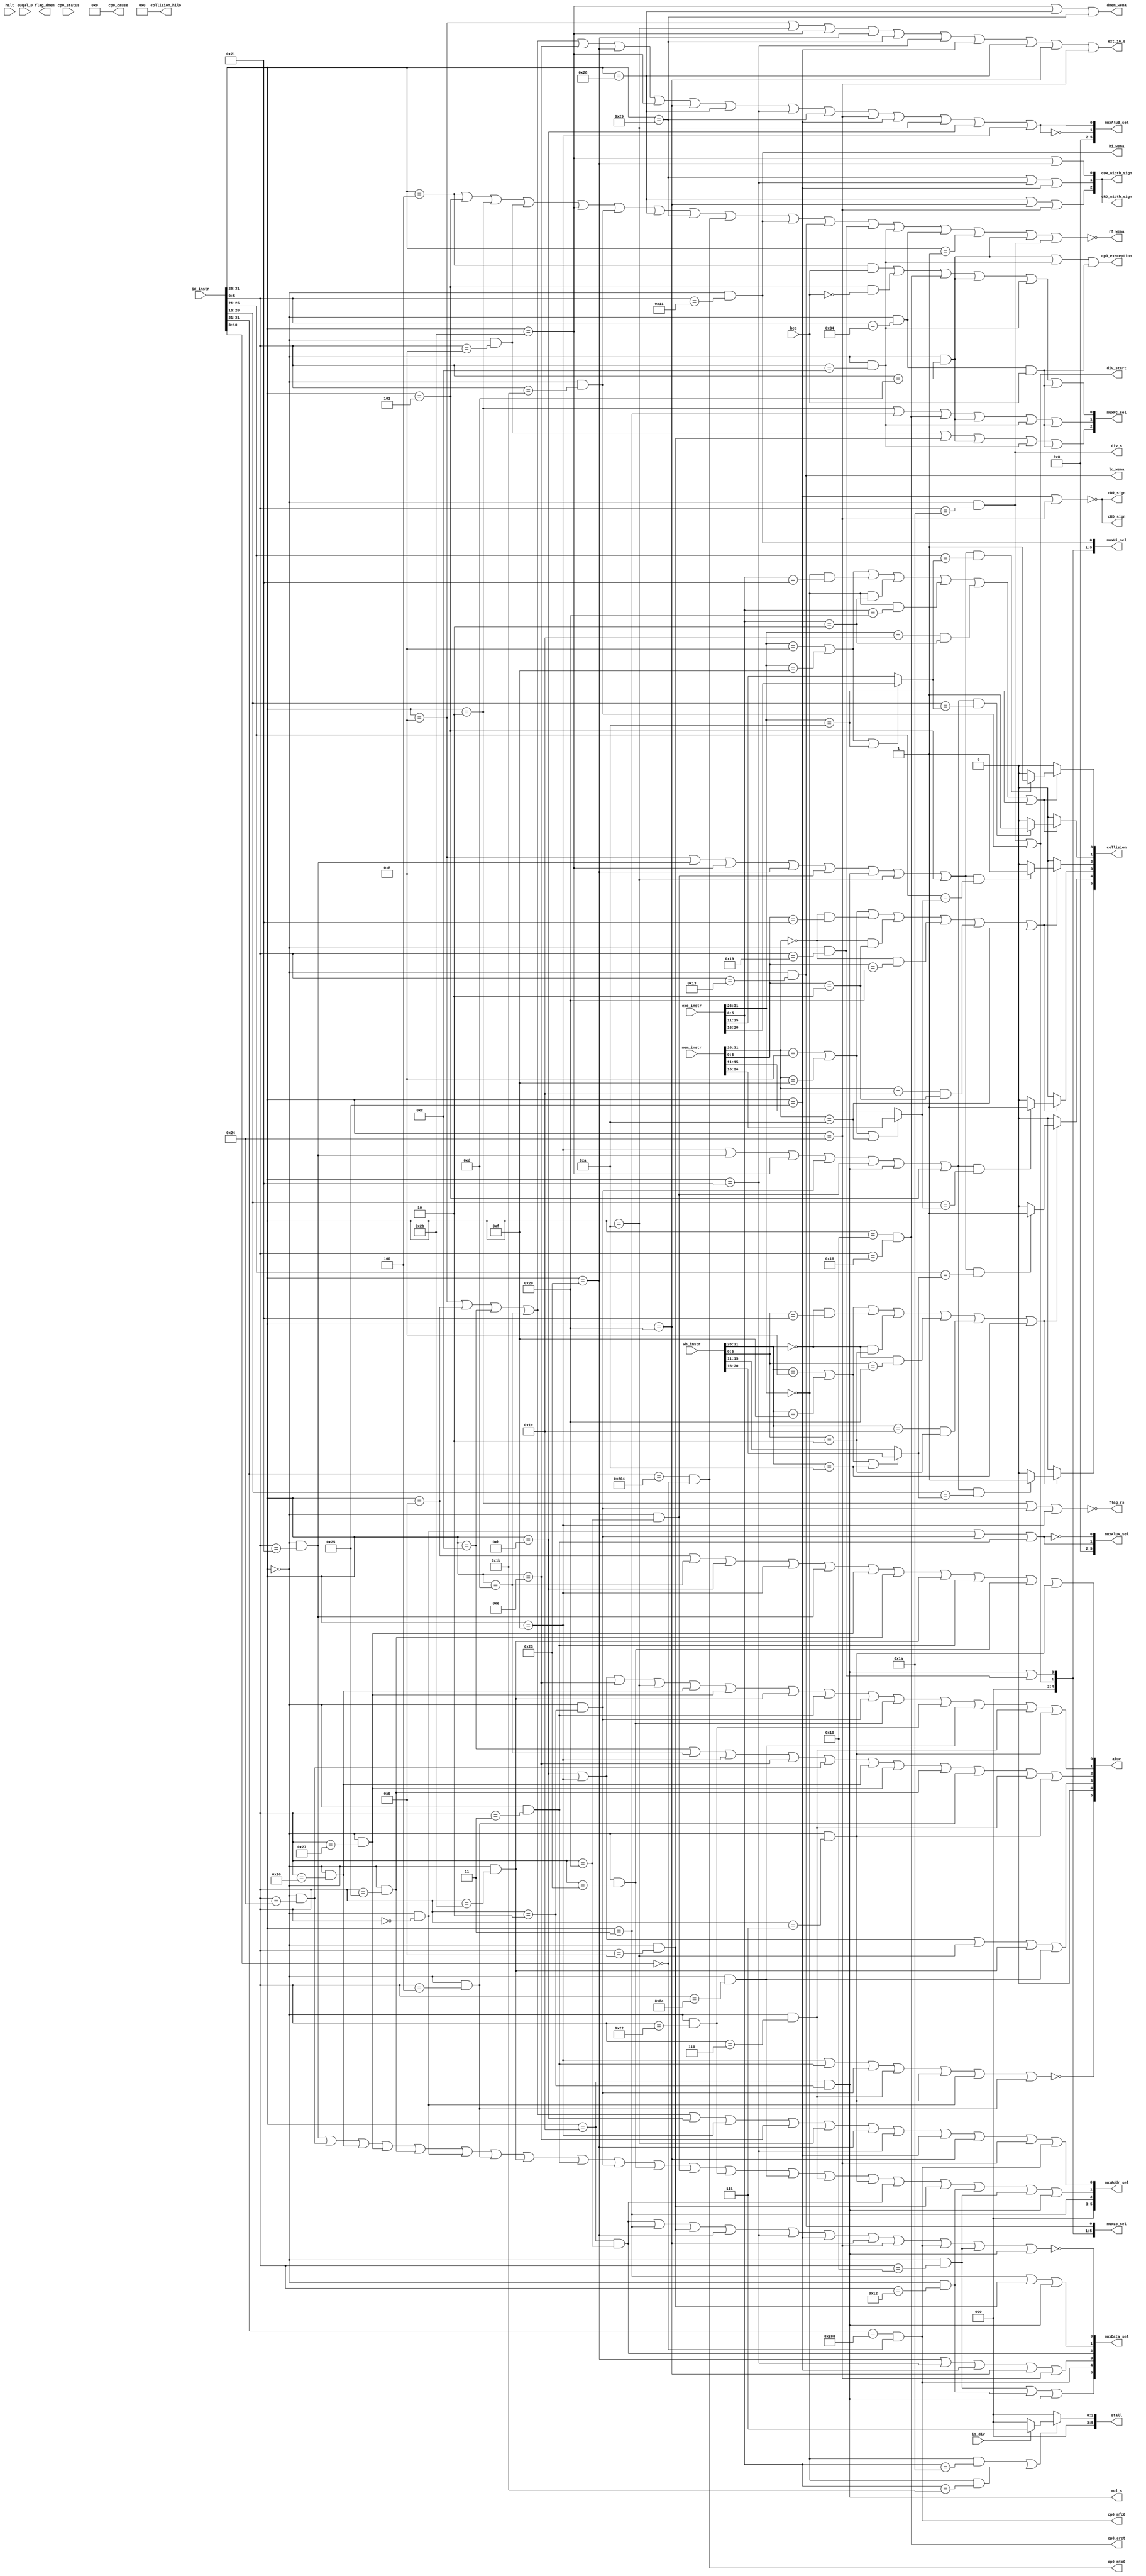
`timescale 1ns / 1ps

module Control(
    input [31:0] id_instr,
    input [31:0] exe_instr,
    input [31:0] mem_instr,
    input [31:0] wb_instr,
    input [31:0] cp0_status,
    input halt,
    input beq,
    input euqal_0,
    input is_div,
    output reg hi_wena,
    output reg lo_wena,
    output reg cp0_mtc0,
    output reg cp0_mfc0,
    output reg cp0_exeception,
    output reg cp0_eret,
    output reg [31:0] cp0_cause,
    output reg rf_wena,
    output reg ext_16_s,
    output reg div_start,
    output reg div_s,
    output reg mul_s,
    output reg [5:0] aluc,
    output reg [2:0] cRD_width_sign,
    output reg cRD_sign,
    output reg [2:0] cDR_width_sign,
    output reg cDR_sign,
    output reg dmem_wena,
    output reg [2:0] muxPc_sel,
    output reg [5:0] muxHi_sel,
    output reg [5:0] muxLo_sel,
    output reg [5:0] muxAluA_sel,
    output reg [5:0] muxAluB_sel,
    output reg [5:0] muxData_sel,
    output reg [5:0] muxAddr_sel,
    output reg [5:0] stall,
    output reg [5:0] collision,
    output reg flag_rs,
    output reg flag_dmem,
    output reg [8:0] collision_hilo
    );

    // ID
    wire [5:0] id_op = id_instr[31:26];
    wire [5:0] id_func = id_instr[5:0];
    wire [4:0] id_rs = id_instr[25:21];
    wire [4:0] id_rt = id_instr[20:16]; 
    //-------------------------------31
    wire id_Addi = (id_op == 6'b001000);
    wire id_Addiu = (id_op == 6'b001001);
    wire id_Andi = (id_op == 6'b001100);
    wire id_Ori = (id_op == 6'b001101);
    wire id_Sltiu = (id_op == 6'b001011);
    wire id_Lui = (id_op == 6'b001111);
    wire id_Xori = (id_op == 6'b001110);
    wire id_Slti = (id_op == 6'b001010);
    wire id_Addu = (id_op == 6'b000000 && id_func==6'b100001);
    wire id_And = (id_op == 6'b000000 && id_func == 6'b100100);
    wire id_Beq = (id_op == 6'b000100);
    wire id_Bne = (id_op == 6'b000101);
    wire id_J = (id_op == 6'b000010);
    wire id_Jal = (id_op == 6'b000011);
    wire id_Jr = (id_op == 6'b000000 && id_func == 6'b001000);
    wire id_Lw = (id_op == 6'b100011);
    wire id_Xor = (id_op == 6'b000000 && id_func == 6'b100110);
    wire id_Nor = (id_op == 6'b000000 && id_func == 6'b100111);
    wire id_Or = (id_op == 6'b000000 && id_func == 6'b100101);
    wire id_Sll = (id_op == 6'b000000 && id_func == 6'b000000);
    wire id_Sllv = (id_op == 6'b000000 && id_func == 6'b000100);
    wire id_Sltu = (id_op == 6'b000000 && id_func == 6'b101011);
    wire id_Sra = (id_op == 6'b000000 && id_func == 6'b000011);
    wire id_Srl = (id_op == 6'b000000 && id_func == 6'b000010);
    wire id_Subu = (id_op == 6'b000000 && id_func == 6'b100011);
    wire id_Sw = (id_op == 6'b101011);
    wire id_Add = (id_op == 6'b000000 && id_func == 6'b100000);
    wire id_Sub = (id_op == 6'b000000 && id_func == 6'b100010);
    wire id_Slt = (id_op == 6'b000000 && id_func == 6'b101010);
    wire id_Srlv = (id_op == 6'b000000 && id_func == 6'b000110);
    wire id_Srav = (id_op == 6'b000000 && id_func == 6'b000111);
    //-------------------------------23plus
    wire id_Clz = (id_op == 6'b011100 && id_func == 6'b100000);
    wire id_Divu = (id_op == 6'b000000 && id_func == 6'b011011);
    wire id_Eret = (id_op == 6'b010000 && id_func == 6'b011000);
    wire id_Jalr = (id_op == 6'b000000 && id_func == 6'b001001);
    wire id_Lb = (id_op == 6'b100000);
    wire id_Lbu = (id_op == 6'b100100);
    wire id_Lhu = (id_op == 6'b100101);
    wire id_Sb = (id_op == 6'b101000);
    wire id_Sh = (id_op == 6'b101001);
    wire id_Lh = (id_op == 6'b100001);
    wire id_Mfc0 = (id_instr[31:21] == 11'b01000000000 && id_instr[10:3]==8'b00000000);
    wire id_Mfhi = (id_op == 6'b000000 && id_func == 6'b010000);
    wire id_Mflo = (id_op == 6'b000000 && id_func == 6'b010010);
    wire id_Mtc0 = (id_instr[31:21] == 11'b01000000100 && id_instr[10:3]==8'b00000000);
    wire id_Mthi = (id_op == 6'b000000 && id_func == 6'b010001);
    wire id_Mtlo = (id_op == 6'b000000 && id_func == 6'b010011);
    wire id_Mul = (id_op == 6'b011100 && id_func == 6'b000010);
    wire id_Multu = (id_op == 6'b000000 && id_func == 6'b011001);
    wire id_Syscall = (id_op == 6'b000000 && id_func== 6'b001100);
    wire id_Teq = (id_op == 6'b000000 && id_func == 6'b110100);
    wire id_Bgez = (id_op == 6'b000001);
    wire id_Break = (id_op == 6'b000000 && id_func == 6'b001101);
    wire id_Div = (id_op == 6'b000000 && id_func == 6'b011010);


    // EXE
    wire [5:0] exe_op = exe_instr[31:26];
    wire [5:0] exe_func = exe_instr[5:0];
    wire [4:0] exe_rs = exe_instr[25:21];
    wire [4:0] exe_rt = exe_instr[20:16];
    wire [4:0] exe_rd = exe_instr[15:11]; 
    //-------------------------------31
    wire exe_Addi = (exe_op == 6'b001000);
    wire exe_Addiu = (exe_op == 6'b001001);
    wire exe_Andi = (exe_op == 6'b001100);
    wire exe_Ori = (exe_op == 6'b001101);
    wire exe_Sltiu = (exe_op == 6'b001011);
    wire exe_Lui = (exe_op == 6'b001111);
    wire exe_Xori = (exe_op == 6'b001110);
    wire exe_Slti = (exe_op == 6'b001010);
    wire exe_Addu = (exe_op == 6'b000000 && exe_func==6'b100001);
    wire exe_And = (exe_op == 6'b000000 && exe_func == 6'b100100);
    wire exe_Beq = (exe_op == 6'b000100);
    wire exe_Bne = (exe_op == 6'b000101);
    wire exe_J = (exe_op == 6'b000010);
    wire exe_Jal = (exe_op == 6'b000011);
    wire exe_Jr = (exe_op == 6'b000000 && exe_func == 6'b001000);
    wire exe_Lw = (exe_op == 6'b100011);
    wire exe_Xor = (exe_op == 6'b000000 && exe_func == 6'b100110);
    wire exe_Nor = (exe_op == 6'b000000 && exe_func == 6'b100111);
    wire exe_Or = (exe_op == 6'b000000 && exe_func == 6'b100101);
    wire exe_Sll = (exe_op == 6'b000000 && exe_func == 6'b000000);
    wire exe_Sllv = (exe_op == 6'b000000 && exe_func == 6'b000100);
    wire exe_Sltu = (exe_op == 6'b000000 && exe_func == 6'b101011);
    wire exe_Sra = (exe_op == 6'b000000 && exe_func == 6'b000011);
    wire exe_Srl = (exe_op == 6'b000000 && exe_func == 6'b000010);
    wire exe_Subu = (exe_op == 6'b000000 && exe_func == 6'b100011);
    wire exe_Sw = (exe_op == 6'b101011);
    wire exe_Add = (exe_op == 6'b000000 && exe_func == 6'b100000);
    wire exe_Sub = (exe_op == 6'b000000 && exe_func == 6'b100010);
    wire exe_Slt = (exe_op == 6'b000000 && exe_func == 6'b101010);
    wire exe_Srlv = (exe_op == 6'b000000 && exe_func == 6'b000110);
    wire exe_Srav = (exe_op == 6'b000000 && exe_func == 6'b000111);
    //-------------------------------23plus
    wire exe_Clz = (exe_op == 6'b011100 && exe_func == 6'b100000);
    wire exe_Divu = (exe_op == 6'b000000 && exe_func == 6'b011011);
    wire exe_Eret = (exe_op == 6'b010000 && exe_func == 6'b011000);
    wire exe_Jalr = (exe_op == 6'b000000 && exe_func == 6'b001001);
    wire exe_Lb = (exe_op == 6'b100000);
    wire exe_Lbu = (exe_op == 6'b100100);
    wire exe_Lhu = (exe_op == 6'b100101);
    wire exe_Sb = (exe_op == 6'b101000);
    wire exe_Sh = (exe_op == 6'b101001);
    wire exe_Lh = (exe_op == 6'b100001);
    wire exe_Mfc0 = (exe_instr[31:21] == 11'b01000000000 && exe_instr[10:3]==8'b00000000);
    wire exe_Mfhi = (exe_op == 6'b000000 && exe_func == 6'b010000);
    wire exe_Mflo = (exe_op == 6'b000000 && exe_func == 6'b010010);
    wire exe_Mtc0 = (exe_instr[31:21] == 11'b01000000100 && exe_instr[10:3]==8'b00000000);
    wire exe_Mthi = (exe_op == 6'b000000 && exe_func == 6'b010001);
    wire exe_Mtlo = (exe_op == 6'b000000 && exe_func == 6'b010011);
    wire exe_Mul = (exe_op == 6'b011100 && exe_func == 6'b000010);
    wire exe_Multu = (exe_op == 6'b000000 && exe_func == 6'b011001);
    wire exe_Syscall = (exe_op == 6'b000000 && exe_func== 6'b001100);
    wire exe_Teq = (exe_op == 6'b000000 && exe_func == 6'b110100);
    wire exe_Bgez = (exe_op == 6'b000001);
    wire exe_Break = (exe_op == 6'b000000 && exe_func == 6'b001101);
    wire exe_Div = (exe_op == 6'b000000 && exe_func == 6'b011010);


    // MEM
    wire [5:0] mem_op = mem_instr[31:26];
    wire [5:0] mem_func = mem_instr[5:0];
    wire [4:0] mem_rs = mem_instr[25:21];
    wire [4:0] mem_rt = mem_instr[20:16]; 
    wire [4:0] mem_rd = mem_instr[15:11];
    //-------------------------------31
    wire mem_Addi = (mem_op == 6'b001000);
    wire mem_Addiu = (mem_op == 6'b001001);
    wire mem_Andi = (mem_op == 6'b001100);
    wire mem_Ori = (mem_op == 6'b001101);
    wire mem_Sltiu = (mem_op == 6'b001011);
    wire mem_Lui = (mem_op == 6'b001111);
    wire mem_Xori = (mem_op == 6'b001110);
    wire mem_Slti = (mem_op == 6'b001010);
    wire mem_Addu = (mem_op == 6'b000000 && mem_func==6'b100001);
    wire mem_And = (mem_op == 6'b000000 && mem_func == 6'b100100);
    wire mem_Beq = (mem_op == 6'b000100);
    wire mem_Bne = (mem_op == 6'b000101);
    wire mem_J = (mem_op == 6'b000010);
    wire mem_Jal = (mem_op == 6'b000011);
    wire mem_Jr = (mem_op == 6'b000000 && mem_func == 6'b001000);
    wire mem_Lw = (mem_op == 6'b100011);
    wire mem_Xor = (mem_op == 6'b000000 && mem_func == 6'b100110);
    wire mem_Nor = (mem_op == 6'b000000 && mem_func == 6'b100111);
    wire mem_Or = (mem_op == 6'b000000 && mem_func == 6'b100101);
    wire mem_Sll = (mem_op == 6'b000000 && mem_func == 6'b000000);
    wire mem_Sllv = (mem_op == 6'b000000 && mem_func == 6'b000100);
    wire mem_Sltu = (mem_op == 6'b000000 && mem_func == 6'b101011);
    wire mem_Sra = (mem_op == 6'b000000 && mem_func == 6'b000011);
    wire mem_Srl = (mem_op == 6'b000000 && mem_func == 6'b000010);
    wire mem_Subu = (mem_op == 6'b000000 && mem_func == 6'b100011);
    wire mem_Sw = (mem_op == 6'b101011);
    wire mem_Add = (mem_op == 6'b000000 && mem_func == 6'b100000);
    wire mem_Sub = (mem_op == 6'b000000 && mem_func == 6'b100010);
    wire mem_Slt = (mem_op == 6'b000000 && mem_func == 6'b101010);
    wire mem_Srlv = (mem_op == 6'b000000 && mem_func == 6'b000110);
    wire mem_Srav = (mem_op == 6'b000000 && mem_func == 6'b000111);
    //-------------------------------23plus
    wire mem_Clz = (mem_op == 6'b011100 && mem_func == 6'b100000);
    wire mem_Divu = (mem_op == 6'b000000 && mem_func == 6'b011011);
    wire mem_Eret = (mem_op == 6'b010000 && mem_func == 6'b011000);
    wire mem_Jalr = (mem_op == 6'b000000 && mem_func == 6'b001001);
    wire mem_Lb = (mem_op == 6'b100000);
    wire mem_Lbu = (mem_op == 6'b100100);
    wire mem_Lhu = (mem_op == 6'b100101);
    wire mem_Sb = (mem_op == 6'b101000);
    wire mem_Sh = (mem_op == 6'b101001);
    wire mem_Lh = (mem_op == 6'b100001);
    wire mem_Mfc0 = (mem_instr[31:21] == 11'b01000000000 && mem_instr[10:3]==8'b00000000);
    wire mem_Mfhi = (mem_op == 6'b000000 && mem_func == 6'b010000);
    wire mem_Mflo = (mem_op == 6'b000000 && mem_func == 6'b010010);
    wire mem_Mtc0 = (mem_instr[31:21] == 11'b01000000100 && mem_instr[10:3]==8'b00000000);
    wire mem_Mthi = (mem_op == 6'b000000 && mem_func == 6'b010001);
    wire mem_Mtlo = (mem_op == 6'b000000 && mem_func == 6'b010011);
    wire mem_Mul = (mem_op == 6'b011100 && mem_func == 6'b000010);
    wire mem_Multu = (mem_op == 6'b000000 && mem_func == 6'b011001);
    wire mem_Syscall = (mem_op == 6'b000000 && mem_func== 6'b001100);
    wire mem_Teq = (mem_op == 6'b000000 && mem_func == 6'b110100);
    wire mem_Bgez = (mem_op == 6'b000001);
    wire mem_Break = (mem_op == 6'b000000 && mem_func == 6'b001101);
    wire mem_Div = (mem_op == 6'b000000 && mem_func == 6'b011010);


    // WB
    wire [5:0] wb_op = wb_instr[31:26];
    wire [5:0] wb_func = wb_instr[5:0];
    wire [4:0] wb_rs = wb_instr[25:21];
    wire [4:0] wb_rt = wb_instr[20:16]; 
    wire [4:0] wb_rd = wb_instr[15:11];
    //-------------------------------31
    wire wb_Addi = (wb_op == 6'b001000);
    wire wb_Addiu = (wb_op == 6'b001001);
    wire wb_Andi = (wb_op == 6'b001100);
    wire wb_Ori = (wb_op == 6'b001101);
    wire wb_Sltiu = (wb_op == 6'b001011);
    wire wb_Lui = (wb_op == 6'b001111);
    wire wb_Xori = (wb_op == 6'b001110);
    wire wb_Slti = (wb_op == 6'b001010);
    wire wb_Addu = (wb_op == 6'b000000 && wb_func==6'b100001);
    wire wb_And = (wb_op == 6'b000000 && wb_func == 6'b100100);
    wire wb_Beq = (wb_op == 6'b000100);
    wire wb_Bne = (wb_op == 6'b000101);
    wire wb_J = (wb_op == 6'b000010);
    wire wb_Jal = (wb_op == 6'b000011);
    wire wb_Jr = (wb_op == 6'b000000 && wb_func == 6'b001000);
    wire wb_Lw = (wb_op == 6'b100011);
    wire wb_Xor = (wb_op == 6'b000000 && wb_func == 6'b100110);
    wire wb_Nor = (wb_op == 6'b000000 && wb_func == 6'b100111);
    wire wb_Or = (wb_op == 6'b000000 && wb_func == 6'b100101);
    wire wb_Sll = (wb_op == 6'b000000 && wb_func == 6'b000000);
    wire wb_Sllv = (wb_op == 6'b000000 && wb_func == 6'b000100);
    wire wb_Sltu = (wb_op == 6'b000000 && wb_func == 6'b101011);
    wire wb_Sra = (wb_op == 6'b000000 && wb_func == 6'b000011);
    wire wb_Srl = (wb_op == 6'b000000 && wb_func == 6'b000010);
    wire wb_Subu = (wb_op == 6'b000000 && wb_func == 6'b100011);
    wire wb_Sw = (wb_op == 6'b101011);
    wire wb_Add = (wb_op == 6'b000000 && wb_func == 6'b100000);
    wire wb_Sub = (wb_op == 6'b000000 && wb_func == 6'b100010);
    wire wb_Slt = (wb_op == 6'b000000 && wb_func == 6'b101010);
    wire wb_Srlv = (wb_op == 6'b000000 && wb_func == 6'b000110);
    wire wb_Srav = (wb_op == 6'b000000 && wb_func == 6'b000111);
    //-------------------------------23plus
    wire wb_Clz = (wb_op == 6'b011100 && wb_func == 6'b100000);
    wire wb_Divu = (wb_op == 6'b000000 && wb_func == 6'b011011);
    wire wb_Eret = (wb_op == 6'b010000 && wb_func == 6'b011000);
    wire wb_Jalr = (wb_op == 6'b000000 && wb_func == 6'b001001);
    wire wb_Lb = (wb_op == 6'b100000);
    wire wb_Lbu = (wb_op == 6'b100100);
    wire wb_Lhu = (wb_op == 6'b100101);
    wire wb_Sb = (wb_op == 6'b101000);
    wire wb_Sh = (wb_op == 6'b101001);
    wire wb_Lh = (wb_op == 6'b100001);
    wire wb_Mfc0 = (wb_instr[31:21] == 11'b01000000000 && wb_instr[10:3]==8'b00000000);
    wire wb_Mfhi = (wb_op == 6'b000000 && wb_func == 6'b010000);
    wire wb_Mflo = (wb_op == 6'b000000 && wb_func == 6'b010010);
    wire wb_Mtc0 = (wb_instr[31:21] == 11'b01000000100 && wb_instr[10:3]==8'b00000000);
    wire wb_Mthi = (wb_op == 6'b000000 && wb_func == 6'b010001);
    wire wb_Mtlo = (wb_op == 6'b000000 && wb_func == 6'b010011);
    wire wb_Mul = (wb_op == 6'b011100 && wb_func == 6'b000010);
    wire wb_Multu = (wb_op == 6'b000000 && wb_func == 6'b011001);
    wire wb_Syscall = (wb_op == 6'b000000 && wb_func== 6'b001100);
    wire wb_Teq = (wb_op == 6'b000000 && wb_func == 6'b110100);
    wire wb_Bgez = (wb_op == 6'b000001);
    wire wb_Break = (wb_op == 6'b000000 && wb_func == 6'b001101);
    wire wb_Div = (wb_op == 6'b000000 && wb_func == 6'b011010);

    // 
    reg id_r_Rs;
    reg id_r_Rt;
    reg id_r_Hi;
    reg id_r_Lo;
    reg id_r_cp0;

    reg exe_w_reg;
    reg exe_w_hi;
    reg exe_w_lo;
    reg exe_w_cp0;
    reg [4:0] exe_w_rfaddr;

    reg exe_r_Rs;
    reg exe_r_Rt;
    reg exe_r_Hi;
    reg exe_r_Lo;
    reg exe_r_cp0;

    reg mem_w_reg;
    reg mem_w_hi;
    reg mem_w_lo;
    reg mem_w_cp0;
    reg [4:0] mem_w_rfaddr;

    reg mem_r_Rs;
    reg mem_r_Rt;
    reg mem_r_Hi;
    reg mem_r_Lo;
    reg mem_r_cp0;

    reg wb_w_reg;
    reg wb_w_hi;
    reg wb_w_lo;
    reg wb_w_cp0;
    reg [4:0] wb_w_rfaddr;


    // ID
    always @ (*)
    begin
        //hi_wena <= 0;
        //lo_wena <= 0;

        //cp0_mtc0 <= 0;
        //cp0_mfc0 <= 0;
        //cp0_exeception <= 0;
        //cp0_eret <= 0;
        cp0_cause <= 32'h0;

        //rf_wena <= 0;

        //ext_16_s <= 0;

        //div_start <= 0;
        //div_s <= 0;
        //mul_s <= 0;

        //aluc <= 6'h0;

        //dmem_wena <= 0;

        //muxPc_sel <= 3'h0;
        //muxHi_sel <= 6'h0;
        //muxLo_sel <= 6'h0;
        //muxAluA_sel <= 6'h0;
        //muxAluB_sel <= 6'h0;
        //muxData_sel <= 6'h0;
        //muxAddr_sel <= 6'h0;

        div_start <= id_Div | id_Divu;
        div_s <= id_Div;
        mul_s <= id_Mul;

        hi_wena <= id_Mthi;
        lo_wena <= id_Mtlo;

        muxHi_sel[0] <= id_Mthi;
        muxHi_sel[1] <= id_Mul | id_Multu;
        muxHi_sel[2] <= id_Div | id_Divu;
        muxHi_sel[3] <= 0;
        muxHi_sel[4] <= 0;
        muxHi_sel[5] <= 0;

        muxLo_sel[0] <= id_Mtlo;
        muxLo_sel[1] <= id_Mul | id_Multu;
        muxLo_sel[2] <= id_Div | id_Divu;
        muxLo_sel[3] <= 0;
        muxLo_sel[4] <= 0;
        muxLo_sel[5] <= 0;


        cp0_mtc0 <= id_Mtc0;
        cp0_mfc0 <= id_Mfc0;

        cp0_exeception <= id_Break | id_Syscall | (id_Teq & beq);

        cp0_eret <= id_Eret;

        rf_wena <= ~(id_Beq | id_Bne | id_J | id_Jr | id_Sw | id_Divu | id_Sb | id_Sh | id_Mtc0 | id_Mthi | id_Mtlo | id_Multu | id_Syscall | id_Teq | id_Bgez | id_Break | id_Div);

        ext_16_s <= id_Addi | id_Slti | id_Sw | id_Lw | id_Sh | id_Lh | id_Lhu | id_Sb | id_Lb | id_Lbu;

        aluc[0] <= id_Addiu | id_Ori | id_Sltiu | id_Lui | id_Addu | id_Nor | id_Or | id_Sltu | id_Sra | id_Subu | id_Srav;
        aluc[1] <= id_Sltiu | id_Lui | id_Xori | id_Slti | id_Xor | id_Nor | id_Sltu | id_Sra | id_Srl | id_Subu | id_Sub | id_Slt | id_Srlv | id_Srav;
        aluc[2] <= id_Andi | id_Ori | id_Lui | id_Xori | id_And | id_Xor | id_Nor | id_Or | id_Sllv | id_Srlv | id_Srav;
        aluc[3] <= id_Sltiu | id_Lui | id_Slti | id_Sltu | id_Slt;
        aluc[4] <= 0;
        aluc[5] <= ~(id_Lui | id_Sra | id_Srl | id_Srlv | id_Srav | id_Sll | id_Sllv);

        flag_rs <= ~(id_J | id_Srl | id_Lui);

        muxAluA_sel[0] <= ~(id_Sll | id_Srl | id_Sra);
        muxAluA_sel[1] <= id_Sll | id_Srl | id_Sra;
        muxAluA_sel[2] <= 0;
        muxAluA_sel[3] <= 0;
        muxAluA_sel[4] <= 0;
        muxAluA_sel[5] <= 0;

        muxAluB_sel[0] <= id_Addi | id_Addiu | id_Andi | id_Ori | id_Xori | id_Lw | id_Sw | id_Lb | id_Sb | id_Lh | id_Sh | id_Lbu | id_Lhu | id_Slti | id_Sltiu | id_Lui;
        muxAluB_sel[1] <= ~(id_Addi | id_Addiu | id_Andi | id_Ori | id_Xori | id_Lw | id_Sw | id_Lb | id_Sb | id_Lh | id_Sh | id_Lbu | id_Lhu | id_Slti | id_Sltiu | id_Lui);
        muxAluB_sel[2] <= 0;
        muxAluB_sel[3] <= 0;
        muxAluB_sel[4] <= 0;
        muxAluB_sel[5] <= 0;

        muxPc_sel[0] <= (id_Beq & beq) | (id_Bne & !beq) | id_Eret | id_Break | id_Syscall | (id_Teq & beq);
        muxPc_sel[1] <= id_J | id_Jal | id_Eret | id_Break | id_Syscall | (id_Teq & beq);
        muxPc_sel[2] <= id_Jr | id_Jalr | id_Break | id_Syscall | (id_Teq & beq);

        muxData_sel[0] <= ~(id_Clz | id_Jal | id_Jalr | id_Lw | id_Lh | id_Lhu | id_Lb | id_Lbu | id_Mfc0 | id_Mfhi | id_Mul);
        muxData_sel[1] <= id_Jal | id_Jalr | id_Mul;
        muxData_sel[2] <= id_Clz;
        muxData_sel[3] <= id_Lw | id_Lh | id_Lhu | id_Lb | id_Lbu;
        muxData_sel[4] <= id_Mfc0;
        muxData_sel[5] <= id_Mfhi | id_Mflo | id_Mul;

        muxAddr_sel[0] <= id_Addi | id_Addiu | id_Andi | id_Ori | id_Sltiu | id_Lui | id_Xori | id_Slti | id_Lw | id_Lh | id_Lhu | id_Lb | id_Lbu | id_Mfc0;
        muxAddr_sel[1] <= id_Addu | id_And | id_Xor | id_Nor | id_Or | id_Sll | id_Sllv | id_Sltu | id_Sra | id_Srl | id_Subu | id_Add | id_Sub | id_Slt | id_Srlv | id_Srav | id_Clz | id_Jalr | id_Mflo | id_Mfhi | id_Mul;
        muxAddr_sel[2] <= id_Jal;
        muxAddr_sel[3] <= 0;
        muxAddr_sel[4] <= 0;
        muxAddr_sel[5] <= 0;

        dmem_wena <= id_Sw | id_Sb | id_Sh;

        cDR_width_sign[0] <= id_Sw | id_Lw;
        cDR_width_sign[1] <= id_Sh | id_Lh | id_Lhu;
        cDR_width_sign[2] <= id_Sb | id_Lb | id_Lbu;

        cDR_sign <= ~(id_Lhu | id_Lbu);

        cRD_width_sign[0] <= id_Sw | id_Lw;
        cRD_width_sign[1] <= id_Sh | id_Lh | id_Lhu;
        cRD_width_sign[2] <= id_Sb | id_Lb | id_Lbu;

        cRD_sign <= ~(id_Lhu | id_Lbu);
        
        //if(id_Addi)
        //begin
        //    muxAluA_sel <= 6'b000001;
        //    muxAluB_sel <= 6'b000001;
        //    ext_16_s <= 1'b1;
        //    aluc <= 6'b100000;
        //    rf_wena <= 1'b1;
        //    muxData_sel <= 6'b000001;
        //    muxAddr_sel <= 6'b000001;
        //end
    end

    always @ (*)
    begin
        id_r_Rs <= id_Addi | id_Addu | id_Sw | id_Lw | id_Add | id_Mul | id_Slti | id_Bne;
        id_r_Rt <= id_Lui | id_Addu | id_Sw | id_Srl | id_Add | id_Mul | id_Bne;
        id_r_Hi <= 0;
        id_r_Lo <= 0;
        id_r_cp0 <= 0;

        exe_w_reg <= exe_Addi | exe_Lui | exe_Addu | exe_Srl | exe_Add | exe_Mul | exe_Slti;
        exe_w_hi <= exe_Mul;
        exe_w_lo <= exe_Mul;
        exe_w_cp0 <= 0;
        exe_w_rfaddr <= (exe_Addi | exe_Lui | exe_Slti) ? exe_rt : exe_rd;

        exe_r_Rs <= exe_Addi | exe_Addu | exe_Sw | id_Lw | exe_Add | exe_Mul | exe_Slti | exe_Bne;
        exe_r_Rt <= exe_Lui | exe_Addu | exe_Sw | exe_Srl | exe_Add | exe_Mul | exe_Bne;
        exe_r_Hi <= 0;
        exe_r_Lo <= 0;
        exe_r_cp0 <= 0;

        mem_w_reg <= mem_Addi | mem_Lui | mem_Addu | mem_Srl | mem_Add | mem_Mul | mem_Slti;
        mem_w_hi <= mem_Mul;
        mem_w_lo <= mem_Mul;
        mem_w_cp0 <= 0;
        mem_w_rfaddr <= (mem_Addi | mem_Lui | mem_Slti) ? mem_rt : mem_rd;

        mem_r_Rs <= mem_Addi | mem_Addu | mem_Sw | id_Lw | mem_Add | mem_Mul | mem_Slti | mem_Bne;
        mem_r_Rt <= mem_Lui | mem_Addu | mem_Sw | mem_Srl | mem_Add | mem_Mul | mem_Bne;
        mem_r_Hi <= 0;
        mem_r_Lo <= 0;
        mem_r_cp0 <= 0;

        wb_w_reg <= wb_Addi | wb_Lui | wb_Addu | wb_Srl | wb_Add | wb_Mul | wb_Slti;
        wb_w_hi <= wb_Mul;
        wb_w_lo <= wb_Mul;
        wb_w_cp0 <= 0;
        wb_w_rfaddr <= (wb_Addi | wb_Lui | wb_Slti) ? wb_rt : wb_rd;
    end

    //assign stall = 6'b000000;
    // 
    
    always @ (*)
    begin
        stall <= 6'b000000;
        collision <= 4'b0000;
        collision_hilo <= 9'b0;
        if(exe_w_reg)
        begin
            if(id_r_Rs && id_rs == exe_w_rfaddr)
            begin
                // stall <= 6'b000011;
                collision[0] <= 1'b1;
            end
            if(id_r_Rt && id_rt == exe_w_rfaddr)
            begin
                collision[1] <= 1'b1;
            end
        end
        else if(exe_w_hi && id_r_Hi)
        begin
            // stall <= 6'b000011;
            collision_hilo[0] <= 1'b1;
        end
        else if(exe_w_lo && id_r_Lo)
        begin
            // stall <= 6'b000011;
            collision_hilo[1] <= 1'b1;
        end
        else if(exe_w_cp0 && id_r_cp0)
        begin
            // stall <= 6'b000011;
            collision_hilo[2] <= 1'b1;
        end
        if(mem_w_reg)
        begin
            if(id_r_Rs && id_rs == mem_w_rfaddr)
            begin
                // stall <= 6'b000011;
                collision[2] <= 1'b1;
            end
            if(id_r_Rt && id_rt == mem_w_rfaddr)
            begin
                collision[3] <= 1'b1;
            end
            // else if((exe_r_Rs && exe_rs == mem_w_rfaddr) || (exe_r_Rt && exe_rt == mem_w_rfaddr))
            // begin
            //     stall <= 6'b000111;
            // end
        end
        else if(mem_w_hi && id_r_Hi)
        begin
            // stall <= 6'b000011;
            collision_hilo[3] <= 1'b1;
        end
        else if(mem_w_lo && id_r_Lo)
        begin
            // stall <= 6'b000011;
            collision_hilo[4] <= 1'b1;
        end
        else if(mem_w_cp0 && id_r_cp0)
        begin
            // stall <= 6'b000011;
            collision_hilo[5] <= 1'b1;
        end
        
        if(wb_w_reg)
        begin
            if(id_r_Rs && id_rs == wb_w_rfaddr)
            begin
                // stall <= 6'b000011;
                collision[4] <= 1'b1;
            end
            if(id_r_Rt && id_rt == wb_w_rfaddr)
            begin
                collision[5] <= 1'b1;
            end
            // else if((exe_r_Rs && exe_rs == wb_w_rfaddr) || (exe_r_Rt && exe_rt == wb_w_rfaddr))
            // begin
            //     stall <= 6'b000111;
            // end
            // else if((mem_r_Rs && mem_rs == wb_w_rfaddr) || (mem_r_Rt && mem_rt == wb_w_rfaddr))
            // begin
            //     stall <= 6'b001111;
            // end
        end
        else if(wb_w_hi && id_r_Hi)
        begin
            // stall <= 6'b000011;
            collision_hilo[6] <= 1'b1;
        end
        else if(wb_w_lo && id_r_Lo)
        begin
            // stall <= 6'b000011;
            collision_hilo[7] <= 1'b1;
        end
        else if(wb_w_cp0 && id_r_cp0)
        begin
            // stall <= 6'b000011;
            collision_hilo[8] <= 1'b1;
        end
        
        if(exe_Div | exe_Divu)
        begin
            if(is_div)
            begin
                stall <= 6'b000111;
            end
        end

        if(halt)
        begin
            // stall <= 6'b111111;
        end
    end
    
endmodule